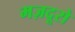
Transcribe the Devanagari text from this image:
मज़दूरो